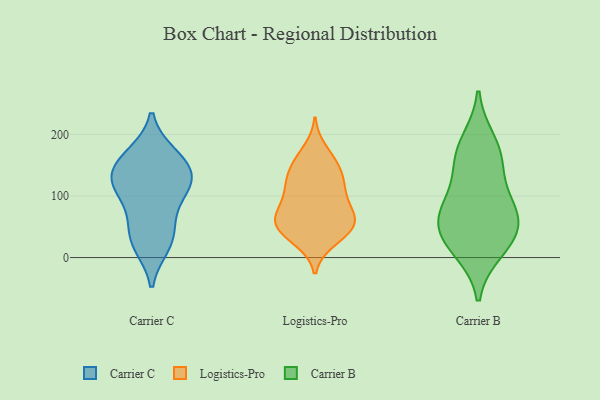
{"axis": {"x": "Humidity (%)", "y": "Value"}, "legend": ["Carrier B", "Carrier C", "Logistics-Pro"], "data": [{"x": "", "y": 168, "type": "Carrier C"}, {"x": "", "y": 19, "type": "Carrier C"}, {"x": "", "y": 153, "type": "Carrier C"}, {"x": "", "y": 93, "type": "Carrier C"}, {"x": "", "y": 130, "type": "Carrier C"}, {"x": "", "y": 124, "type": "Carrier C"}, {"x": "", "y": 58, "type": "Carrier C"}, {"x": "", "y": 42, "type": "Carrier C"}, {"x": "", "y": 107, "type": "Carrier C"}, {"x": "", "y": 123, "type": "Carrier C"}, {"x": "", "y": 135, "type": "Carrier C"}, {"x": "", "y": 167, "type": "Carrier C"}, {"x": "", "y": 21, "type": "Carrier C"}, {"x": "", "y": 48, "type": "Logistics-Pro"}, {"x": "", "y": 156, "type": "Logistics-Pro"}, {"x": "", "y": 44, "type": "Logistics-Pro"}, {"x": "", "y": 27, "type": "Logistics-Pro"}, {"x": "", "y": 54, "type": "Logistics-Pro"}, {"x": "", "y": 52, "type": "Logistics-Pro"}, {"x": "", "y": 65, "type": "Logistics-Pro"}, {"x": "", "y": 67, "type": "Logistics-Pro"}, {"x": "", "y": 108, "type": "Logistics-Pro"}, {"x": "", "y": 125, "type": "Logistics-Pro"}, {"x": "", "y": 60, "type": "Logistics-Pro"}, {"x": "", "y": 96, "type": "Logistics-Pro"}, {"x": "", "y": 175, "type": "Logistics-Pro"}, {"x": "", "y": 153, "type": "Logistics-Pro"}, {"x": "", "y": 144, "type": "Logistics-Pro"}, {"x": "", "y": 119, "type": "Logistics-Pro"}, {"x": "", "y": 123, "type": "Logistics-Pro"}, {"x": "", "y": 29, "type": "Logistics-Pro"}, {"x": "", "y": 87, "type": "Logistics-Pro"}, {"x": "", "y": 72, "type": "Logistics-Pro"}, {"x": "", "y": 188, "type": "Carrier B"}, {"x": "", "y": 63, "type": "Carrier B"}, {"x": "", "y": 156, "type": "Carrier B"}, {"x": "", "y": 22, "type": "Carrier B"}, {"x": "", "y": 47, "type": "Carrier B"}, {"x": "", "y": 98, "type": "Carrier B"}, {"x": "", "y": 12, "type": "Carrier B"}, {"x": "", "y": 54, "type": "Carrier B"}, {"x": "", "y": 82, "type": "Carrier B"}, {"x": "", "y": 160, "type": "Carrier B"}]}